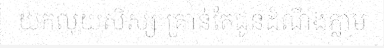
យកលុយសិស្ស គ្រាន់តែជូនដំណឹងភ្លាម